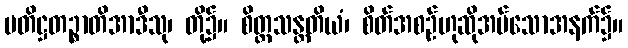
ပတိဋ္ဌတဉ္စာတိအာဒီသု၊ တို့၌။ စိတ္တသန္တတိယံ၊ စိတ်အစဉ်ဟုဆိုအပ်သောအနက်၌။